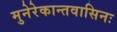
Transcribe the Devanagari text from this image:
मुनेरेकान्तवासिनः